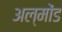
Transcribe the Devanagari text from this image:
अल्मोंड